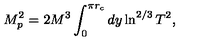
M _ { p } ^ { 2 } = 2 M ^ { 3 } \int _ { 0 } ^ { \pi r _ { c } } d y \ln ^ { 2 / 3 } T ^ { 2 } ,